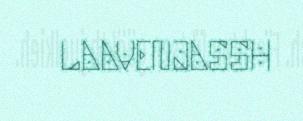
LAAVENJASSH